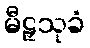
မီဠှသုခံ